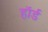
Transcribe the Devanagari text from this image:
हॉर्ड